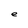
Character: e